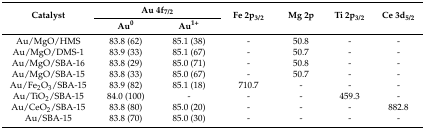
<table><thead><tr><td rowspan="2"><b>Catalyst</b></td><td colspan="2"><b>Au 4f<sub>7/2</sub></b></td><td rowspan="2"><b>Fe 2p<sub>3/2</sub></b></td><td rowspan="2"><b>Mg 2p</b></td><td rowspan="2"><b>Ti 2p<sub>3/2</sub></b></td><td rowspan="2"><b>Ce 3d<sub>5/2</sub></b></td></tr><tr><td><b>Au<sup>0</sup></b></td><td><b>Au<sup>1+</sup></b></td></tr></thead><tbody><tr><td>Au/MgO/HMS</td><td>83.8 (62)</td><td>85.1 (38)</td><td>-</td><td>50.8</td><td>-</td><td>-</td></tr><tr><td>Au/MgO/DMS-1</td><td>83.9 (33)</td><td>85.1 (67)</td><td>-</td><td>50.7</td><td>-</td><td>-</td></tr><tr><td>Au/MgO/SBA-16</td><td>83.8 (29)</td><td>85.0 (71)</td><td>-</td><td>50.8</td><td>-</td><td>-</td></tr><tr><td>Au/MgO/SBA-15</td><td>83.8 (33)</td><td>85.0 (67)</td><td>-</td><td>50.7</td><td>-</td><td>-</td></tr><tr><td>Au/Fe<sub>2</sub>O<sub>3</sub>/SBA-15</td><td>83.9 (82)</td><td>85.1 (18)</td><td>710.7</td><td>-</td><td>-</td><td>-</td></tr><tr><td>Au/TiO<sub>2</sub>/SBA-15</td><td>84.0 (100)</td><td>-</td><td>-</td><td>-</td><td>459.3</td><td>-</td></tr><tr><td>Au/CeO<sub>2</sub>/SBA-15</td><td>83.8 (80)</td><td>85.0 (20)</td><td>-</td><td>-</td><td>-</td><td>882.8</td></tr><tr><td>Au/SBA-15</td><td>83.8 (70)</td><td>85.0 (30)</td><td>-</td><td>-</td><td>-</td><td>-</td></tr></tbody></table>